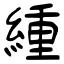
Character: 緟